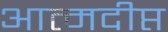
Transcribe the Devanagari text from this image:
आत्मदीप्त